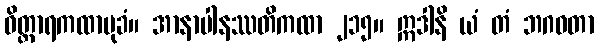
ဝိတ္ထာရကထာမုခံ။ အာနာပါနဿတိကထာ ၂၁၅။ ဣဒါနိ ယံ တံ ဘဂဝတာ